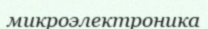
микроэлектроника